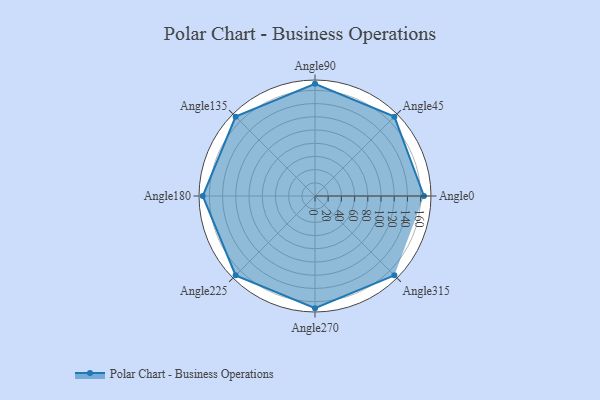
{"axis": {"x": "Angle", "y": "Radius"}, "legend": [""], "data": [{"x": "Angle0", "y": 165.0, "type": ""}, {"x": "Angle45", "y": 170, "type": ""}, {"x": "Angle90", "y": 170, "type": ""}, {"x": "Angle135", "y": 170, "type": ""}, {"x": "Angle180", "y": 170, "type": ""}, {"x": "Angle225", "y": 170, "type": ""}, {"x": "Angle270", "y": 170, "type": ""}, {"x": "Angle315", "y": 170, "type": ""}]}